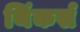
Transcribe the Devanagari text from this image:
थिंकर्स